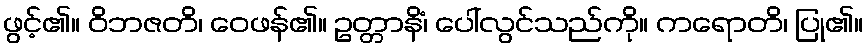
ဖွင့်၏။ ဝိဘဇတိ၊ ဝေဖန်၏။ ဥတ္တာနိံ၊ ပေါ်လွင်သည်ကို။ ကရောတိ၊ ပြု၏။